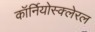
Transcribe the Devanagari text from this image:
कॉर्नियोस्क्लेरल